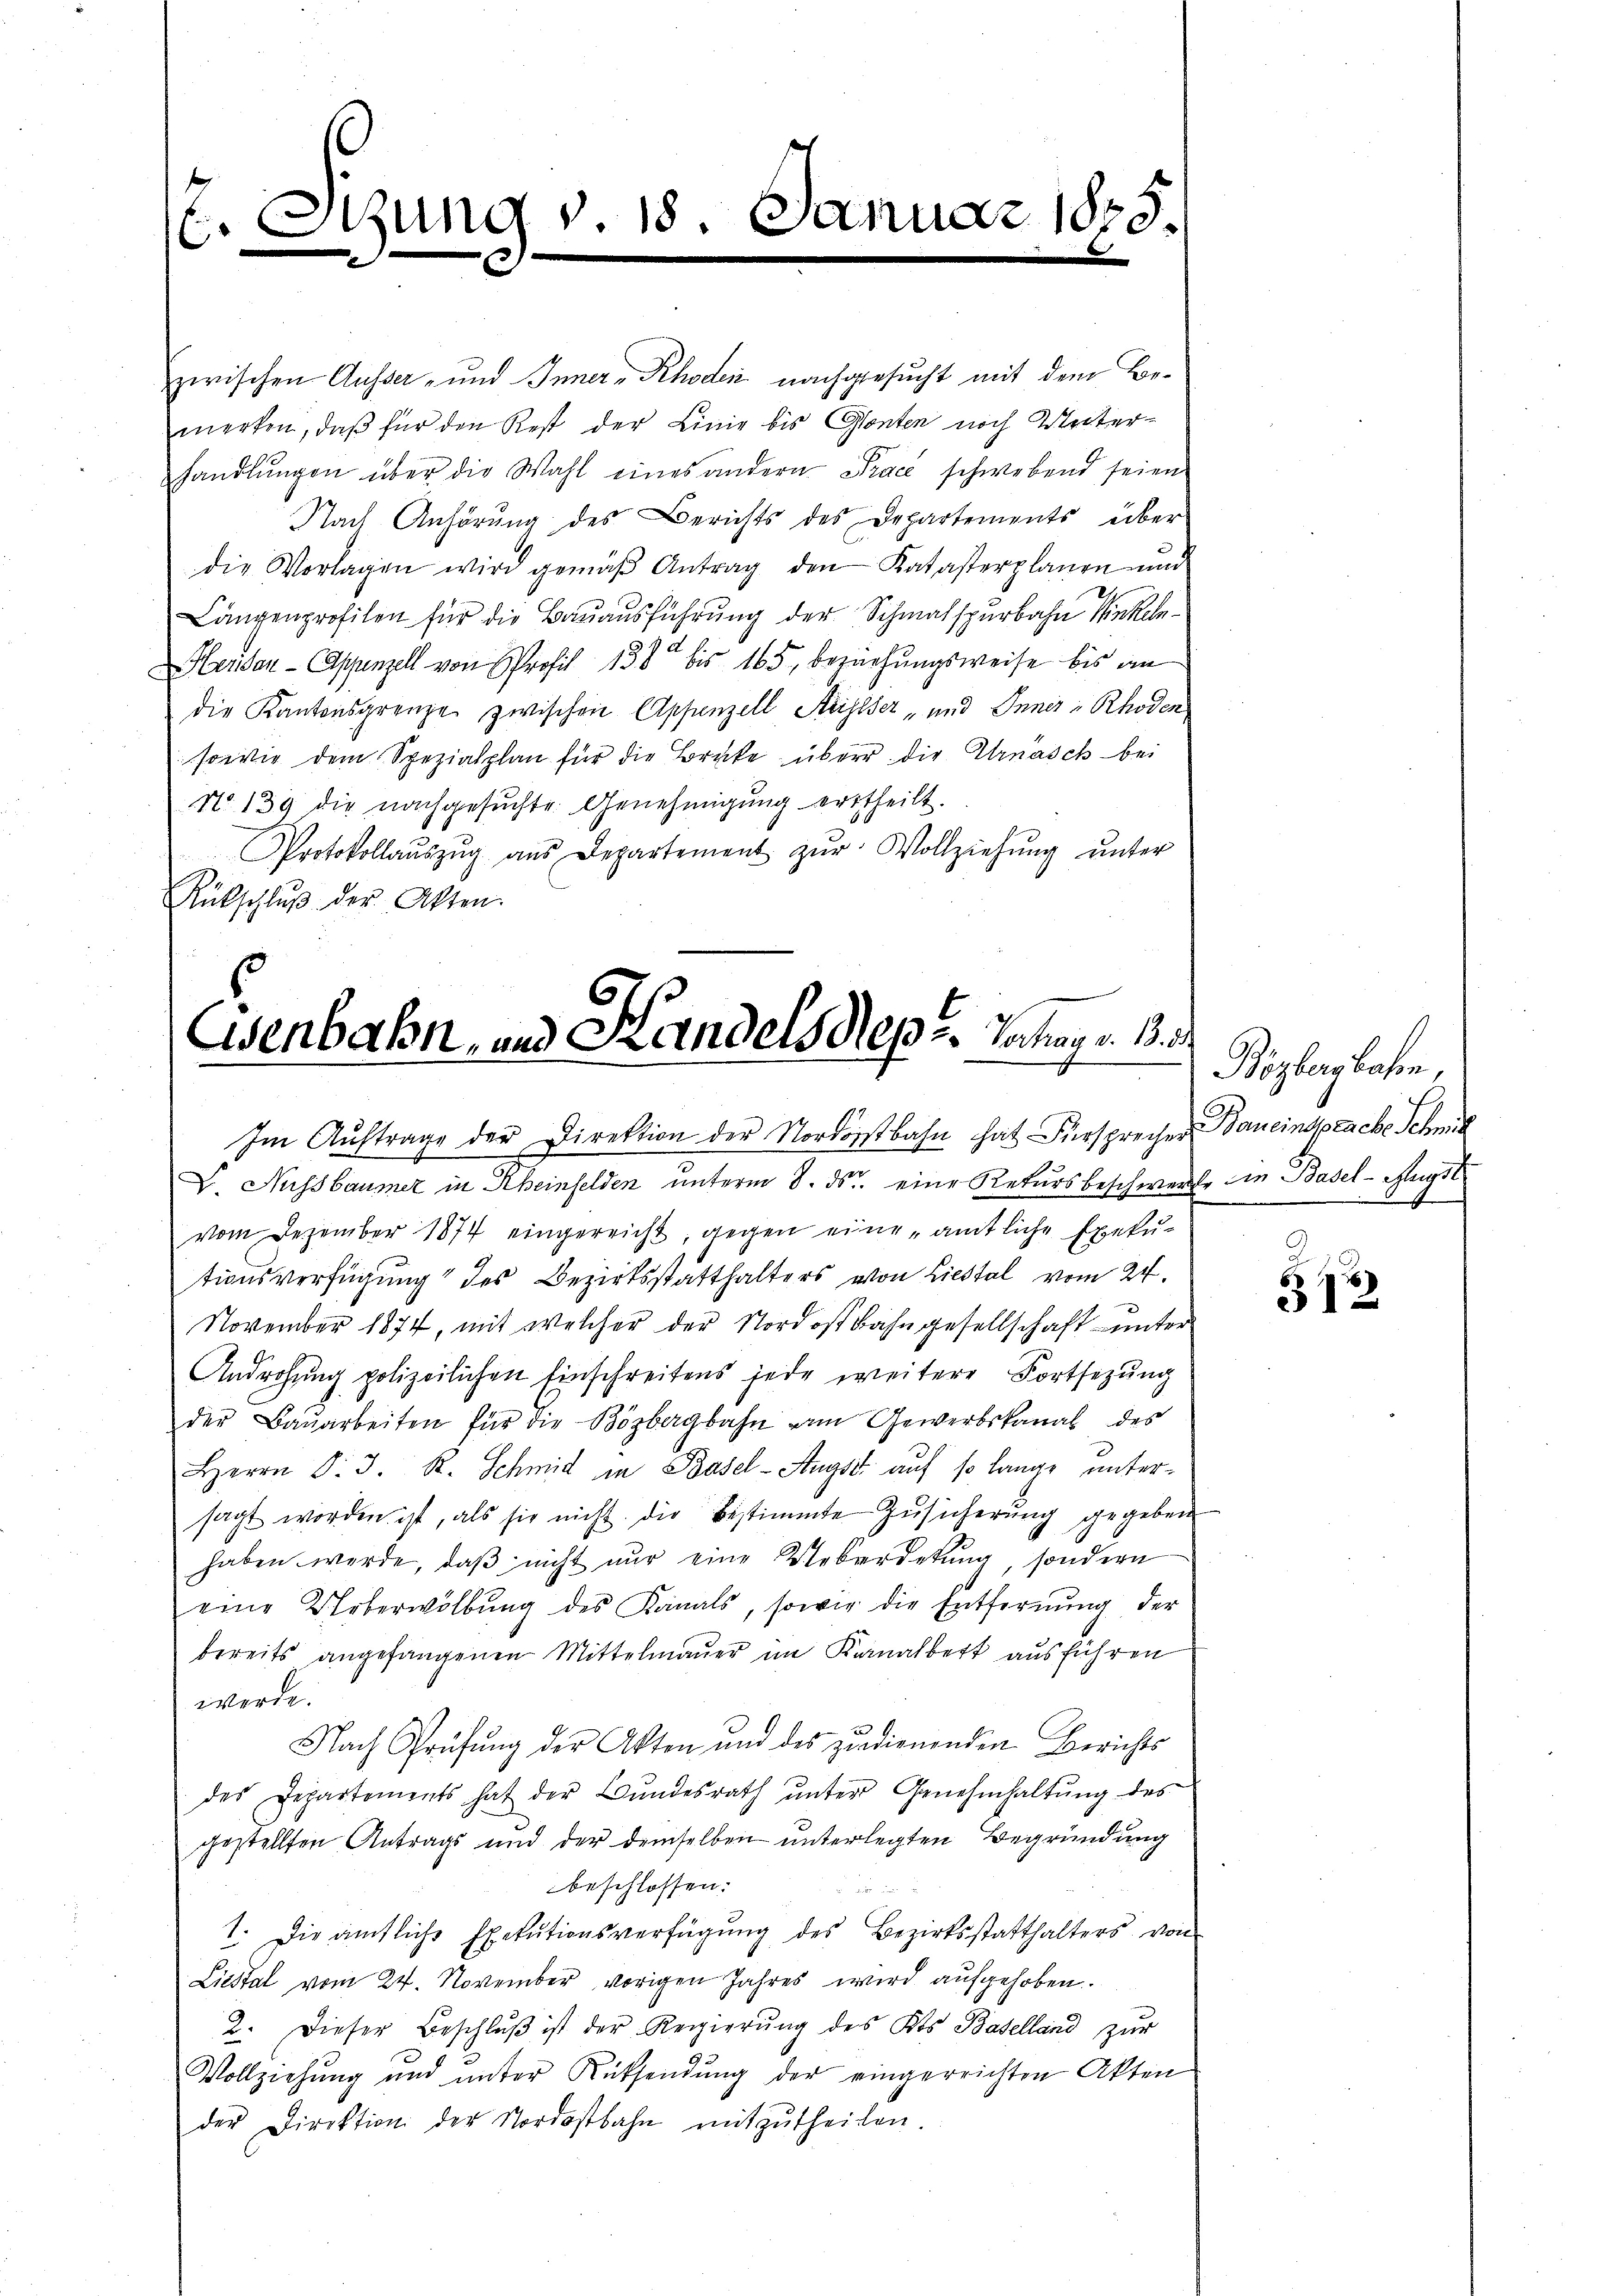
d
Sitzung v. 18. Januar 1828.
C
e

zwischen Ausser- und Inner-Rhoden nachgesucht mit dem Bemerken, daß für den Rest der Linie bis Gonten noch Weiterhandlŭngen über die Wahl eines andern Prace schwebend seien
Nach Anhörung des Berichts des Departements über
die Vorlagen wird gemäβ Antrag den Katasterplanen und
Längenprofilen für die Bauausführung der Schmalspurbahn Winkel
Heriden-Appenzell von Profil 138 bis 165, beziehungsweise bis an
die Kantonsgrenze zwischen Appenzell Steigeser „und Inner-Rhoden
sowie dem Spezialplan für die Brüke über die Ernasch bei
No 139 die nachgesŭchte. Genehmigŭng ertheilt.
Protokollaŭszŭg ans Departement zŭr Vollziehŭng ŭnter
Rükschlŭβ der Akten.

Eisenbahn, und Handels Sept. Telegr. Bd.
Im Aŭftrage der Direktion der Nordostbahn hat Fürsprecher Baueinsprache Schmit

V. Nussbaumer in Rheinfelden unterm 8. ds. eine Rekursbeschwere in Basel-Augst
vom Dezember 1874 eingereicht, gegen eine „amtliche Exekutionsverfügung des Bezirksstatthalters von Liestal vom 24.
x
November 1874, mit welcher der Nordostbahngesellschaft unter
Androhung polizeilichen Einschreitens jede weitere Fortsezung
der Baŭarbeiten für die Bözbergbahn von Gewerbskanal des
Herrn P. J. R. Schmid in Basel-Augst auf so lange untersagt worden ist, als sie nicht die Bestimmte Zŭsicherŭng gegeben
haben werde, daß nicht nur eine Ueberdekung, sondern
eine Ueberwölbung des Kanals, sowie die Entfernung der
bereits angefangenen Mittelmaŭer im Kanalbett aŭsführen
werde.
Nach Prüfung der Akten und des pendienenden Berichts
des Departements hat der Bundesrath ŭnter Genehmhaltŭng des
gestellten Antrags und der demselben unterlegten Begründung
beschlossen:

1. Die ämtliche Exekutionsverfügŭng des Bezirksstatthalters von
Liestal vom 24. November vorigen Jahres wird aufgehoben.
2. Dieser Beschlŭβ ist der Regierŭng des Kts. Baselland zur
Vollziehung und unter Rüksendung der eingerrichten Akten
der Direktion der Nordostbahn mitzŭtheilen.

Bözbergbahn,

312